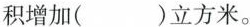
积增加（ ）立方米。